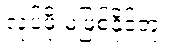
လုပ်ဖို့ မဖြစ်နိုင်ဘူး